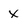
Character: x